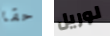
حقا لوريل